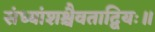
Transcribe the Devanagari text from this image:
संध्यांशश्चैवताद्वियः॥